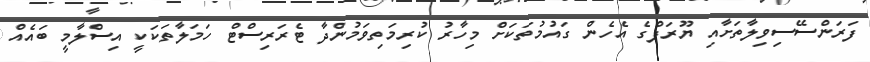
ފަރަންސޭސިވިލާތަށާއި ޔޫރަޕްގެ އެހެން ގައުމުތަކަށް މިހާރު ކުރިމަތިވަމުންދާ ޓެރަރިސްޓް ހަމަލާތަކަކީ އިސްލާމީ ބައެއް